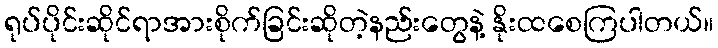
ရုပ်ပိုင်းဆိုင်ရာအားစိုက်ခြင်းဆိုတဲ့နည်းတွေနဲ့ နိုးထစေကြပါတယ်။